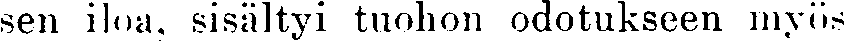
sen iloa, sisältyi tuohon odotukseen myös